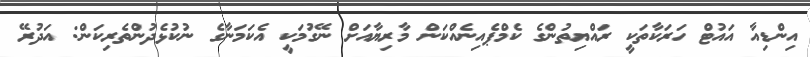
އިންޑިއާ އައުޓް ހަރަކާތަކީ ރައްޔިތުންގެ ކެމްޕެއިނެއްކަން މާރިޔާއަށް ނޭގުމަކީ އެކަމަނާގެ ނުކުޅެދުންތެރިކަން: އަދުރޭ